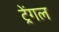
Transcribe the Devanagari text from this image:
ट्रेंगल